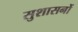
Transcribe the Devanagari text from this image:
सुशासनों